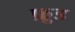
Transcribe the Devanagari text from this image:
फ़ु़ड